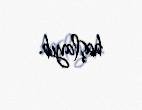
başlayıb.